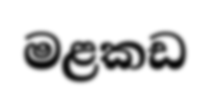
මළකඩ